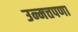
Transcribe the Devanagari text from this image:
उन्मत्तपणा